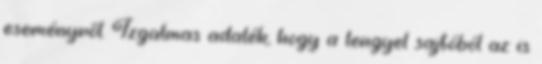
eseményről. Izgalmas adalék, hogy a lengyel sajtóból az is